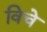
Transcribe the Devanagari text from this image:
विचे